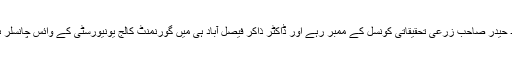
آغاسجاد حیدر صاحب زرعی تحقیقاتی کونسل کے ممبر رہے اور ڈاکٹر ذاکر فیصل آباد ہی میں گورنمنٹ کالج یونیورسٹی کے وائس چانسلر ہو گئے۔